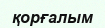
қорғалым